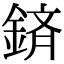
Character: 𮢕